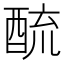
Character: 酼